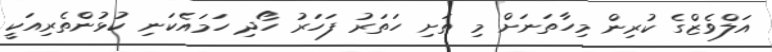
އަލްވެޒްގެ ކުރިން މިހާތަނަށް މި ތަށި ހަތަރު ފަހަރު ހޯދި ހަމައެކަނި ކުޅުންތެރިއަކީ